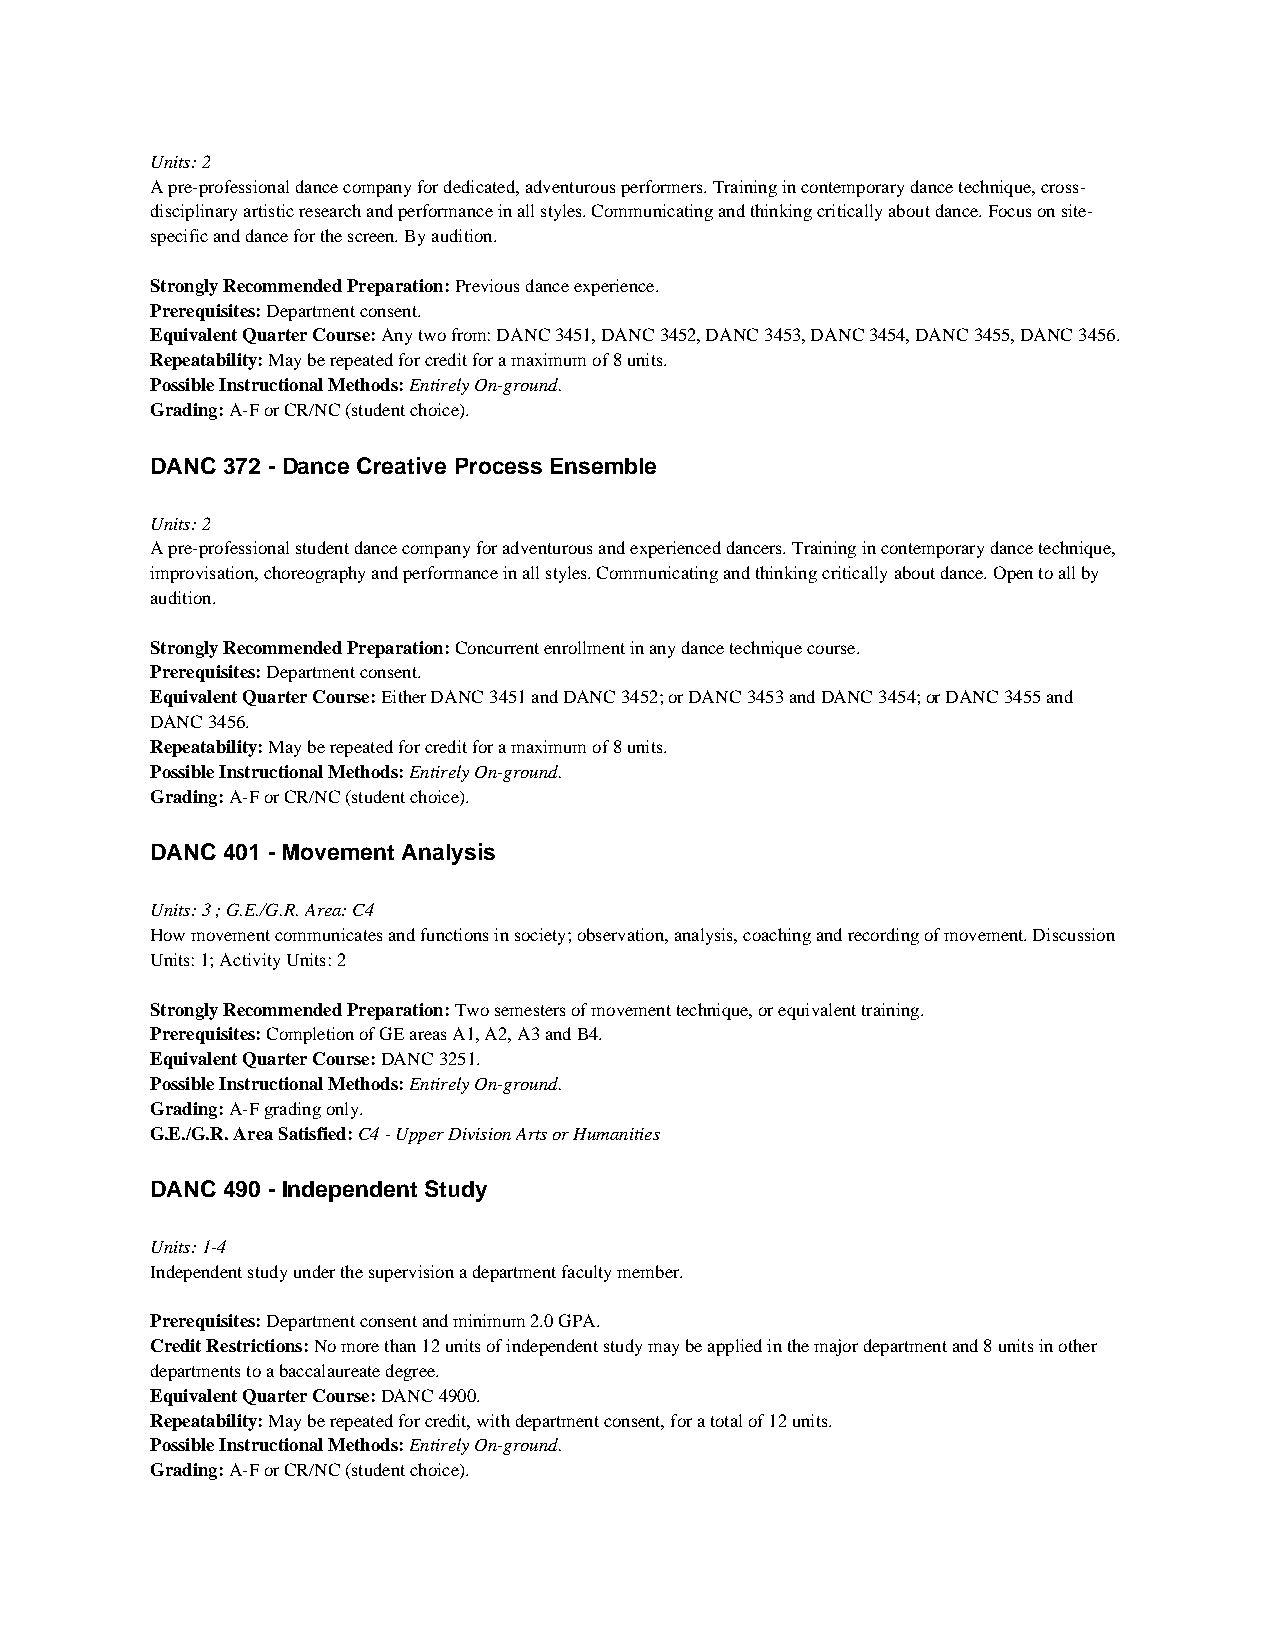
Units: 2
 A pre-professional dance company for dedicated, adventurous performers. Training in contemporary dance technique, cross-
 disciplinary artistic research and performance in all styles. Communicating and thinking critically about dance. Focus on site-
 specific and dance for the screen. By audition.
 Strongly Recommended Preparation: Previous dance experience.
 Prerequisites: Department consent.
 Equivalent Quarter Course: Any two from: DANC 3451, DANC 3452, DANC 3453, DANC 3454, DANC 3455, DANC 3456.
 Repeatability: May be repeated for credit for a maximum of 8 units.
 Possible Instructional Methods: Entirely On-ground.
 Grading: A-F or CR/NC (student choice).
 DANC 372 - Dance Creative Process Ensemble
 Units: 2
 A pre-professional student dance company for adventurous and experienced dancers. Training in contemporary dance technique,
 improvisation, choreography and performance in all styles. Communicating and thinking critically about dance. Open to all by
 audition.
 Strongly Recommended Preparation: Concurrent enrollment in any dance technique course.
 Prerequisites: Department consent.
 Equivalent Quarter Course: Either DANC 3451 and DANC 3452; or DANC 3453 and DANC 3454; or DANC 3455 and
 DANC 3456.
 Repeatability: May be repeated for credit for a maximum of 8 units.
 Possible Instructional Methods: Entirely On-ground.
 Grading: A-F or CR/NC (student choice).
 DANC 401 - Movement Analysis
 Units: 3 ; G.E./G.R. Area: C4
 How movement communicates and functions in society; observation, analysis, coaching and recording of movement. Discussion
 Units: 1; Activity Units: 2
 Strongly Recommended Preparation: Two semesters of movement technique, or equivalent training.
 Prerequisites: Completion of GE areas A1, A2, A3 and B4.
 Equivalent Quarter Course: DANC 3251.
 Possible Instructional Methods: Entirely On-ground.
 Grading: A-F grading only.
 G.E./G.R. Area Satisfied: C4 - Upper Division Arts or Humanities
 DANC 490 - Independent Study
 Units: 1-4
 Independent study under the supervision a department faculty member.
 Prerequisites: Department consent and minimum 2.0 GPA.
 Credit Restrictions: No more than 12 units of independent study may be applied in the major department and 8 units in other
 departments to a baccalaureate degree.
 Equivalent Quarter Course: DANC 4900.
 Repeatability: May be repeated for credit, with department consent, for a total of 12 units.
 Possible Instructional Methods: Entirely On-ground.
 Grading: A-F or CR/NC (student choice).